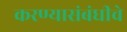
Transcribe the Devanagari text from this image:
करण्यासंबंधीचे